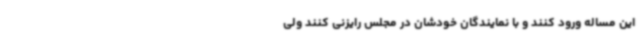
این مساله ورود کنند و با نمایندگان خودشان در مجلس رایزنی کنند ولی